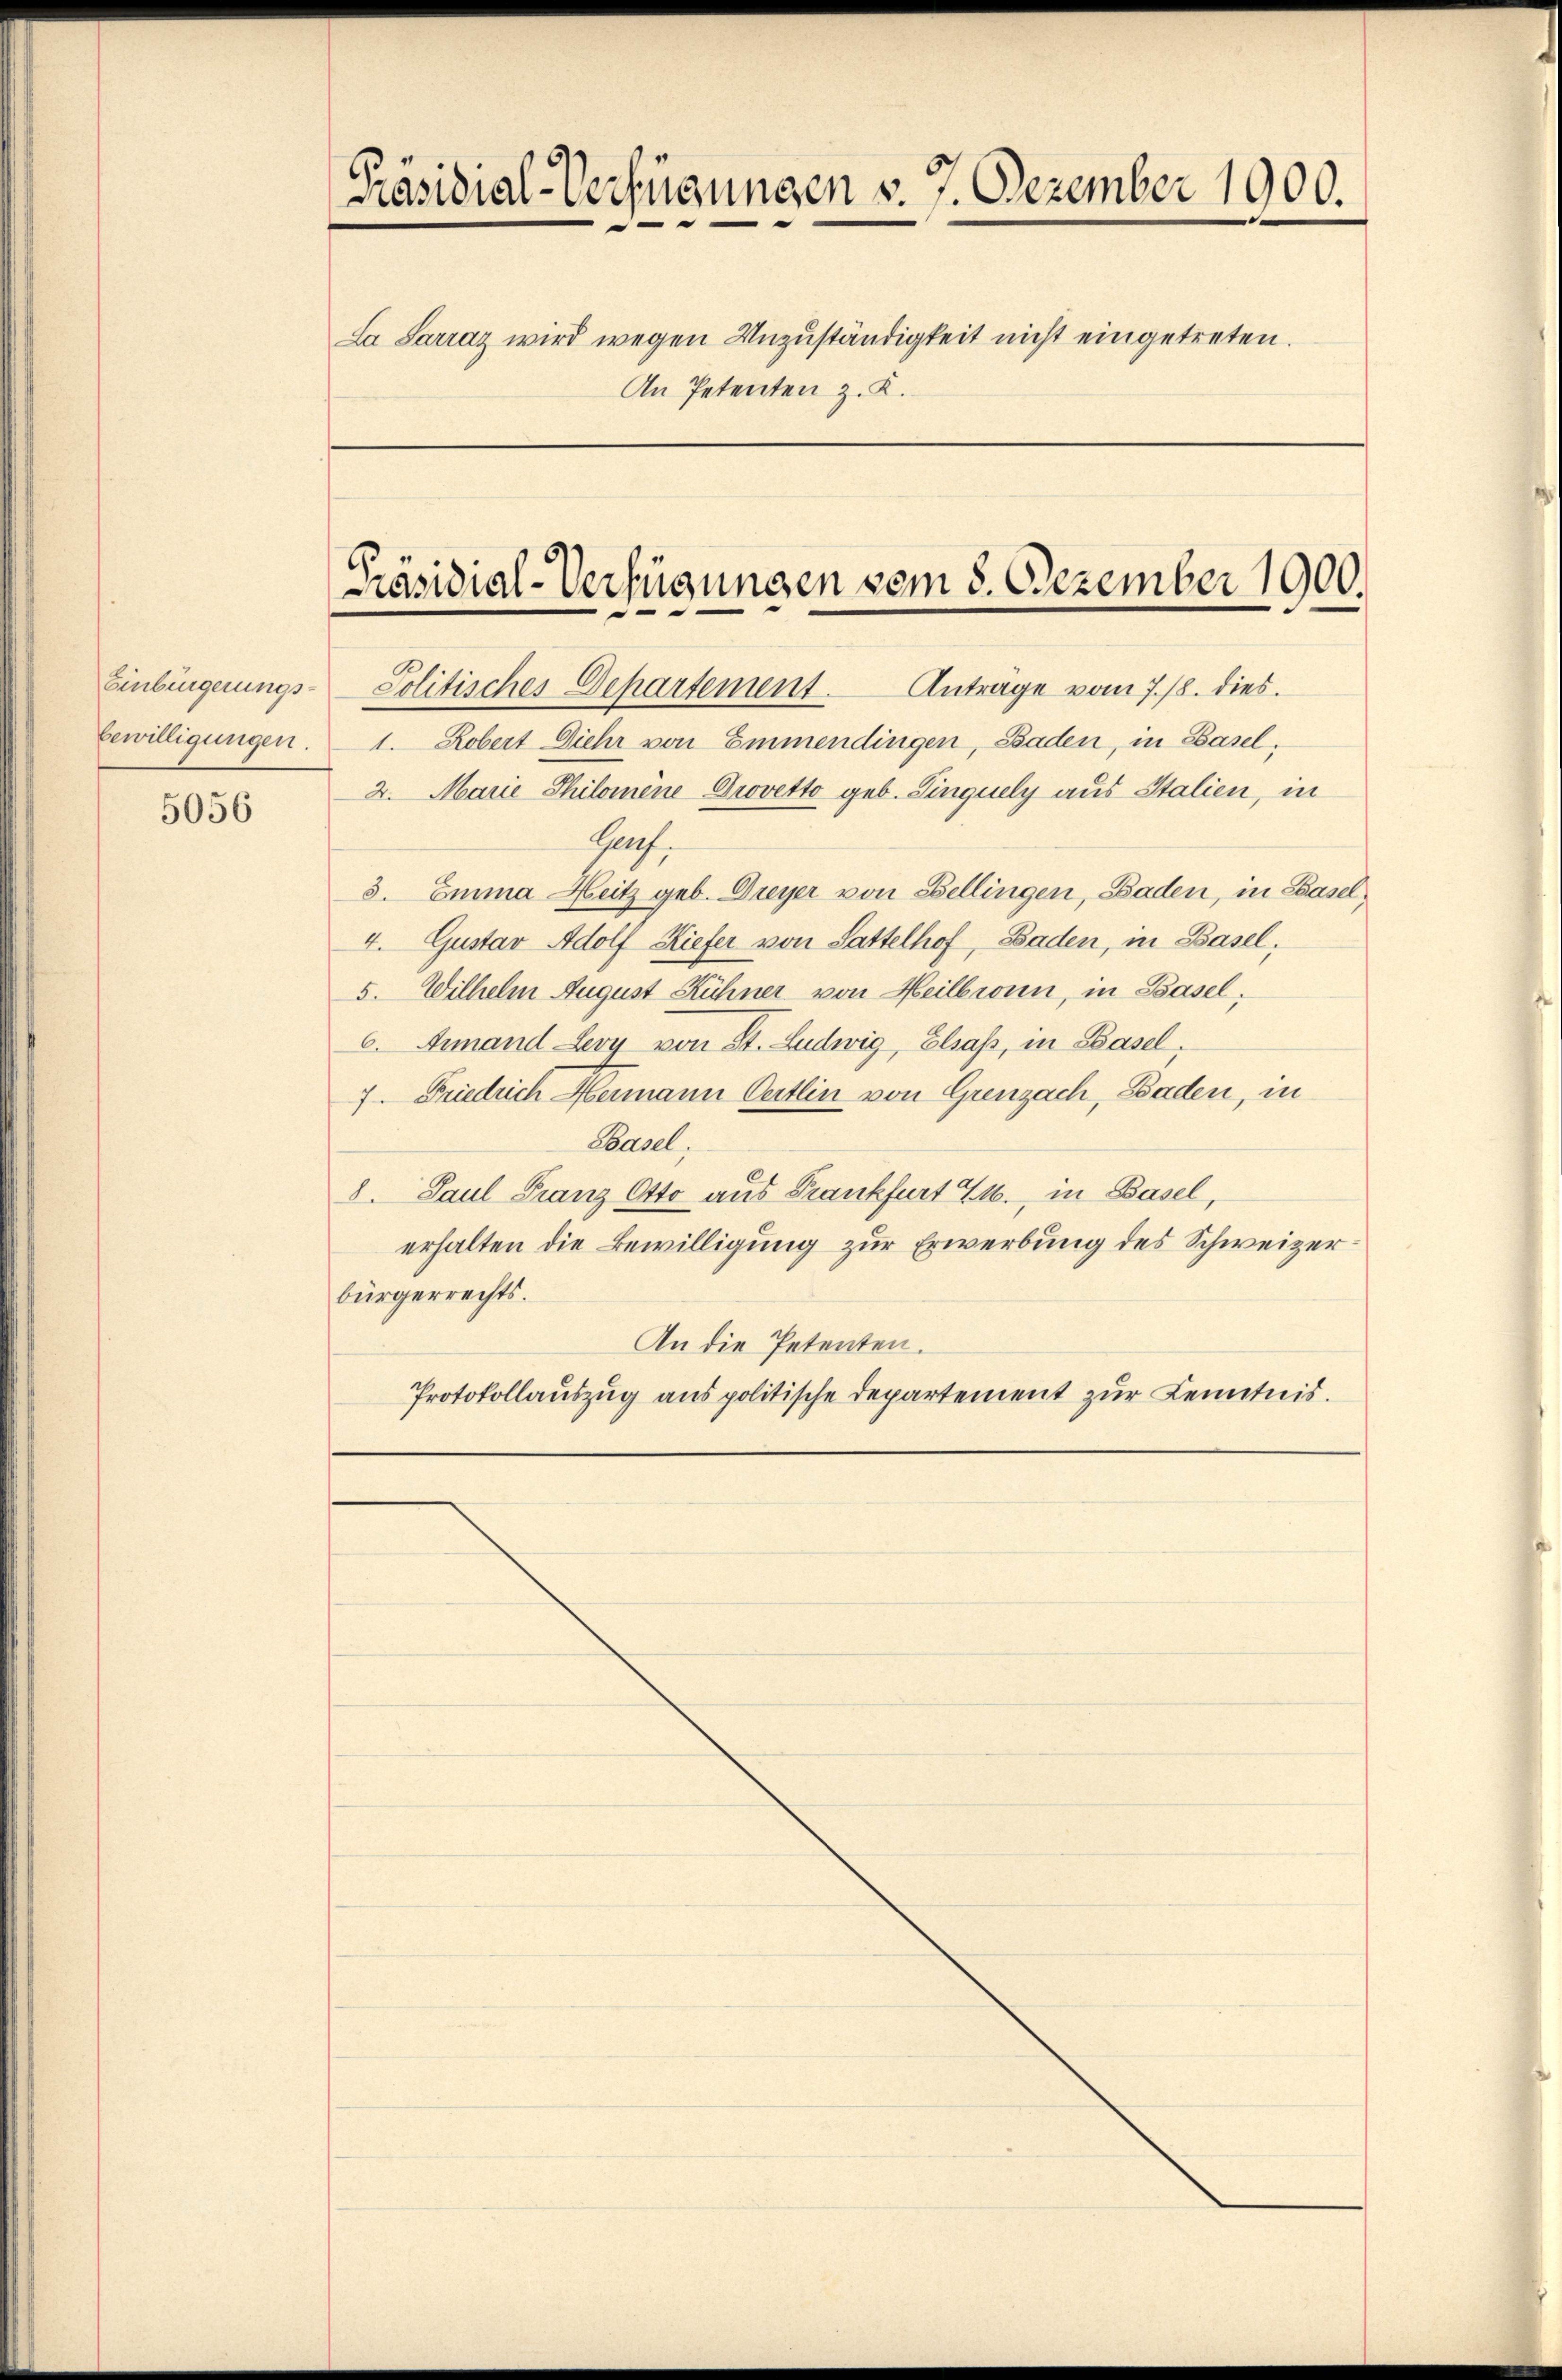
bewilligungen.

5056

Präsidial-Verfügungen v. 7. Dezember 1900.
La Sarraz wird wegen Unzuständigkeit nicht eingetreten.
An Petenten z. K.

Einbingerungs- Politisches Departement. Anträge vom 7./18. dies
1. Robert Giehr von Emmendingen, Baden, in Basel,
2. Marie Philomene Provetto geb. Einquely aus Stalien, in
Graf.
3. Emma Heitz geb. Dreyer von Bellingen, Baden, in Basel,
4. Gustav Adolf Kiefer von Sattelhof, Baden, in Basel,
5. Wilhelm August Kühner von Heilbronn, in Basel,
6. Amand Lery von St. Ludwig, Elsaß, in Basel,
7 Friedrich Hermann Oertlin von Grenzach, Baden, in
Saasel
8. Paul Franz Otto aus Frankfurt 24. in Basel,
erhalten die Bewilligung zur Erwerbung des Schweizerbürgerrechts.
An die Petenten.
Protokollauszug aus politische Departement zur Kenntnis.

Präsidial-Verfügungen vom 8. Dezember 1900.